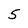
Character: 5